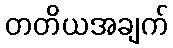
တတိယအချက်